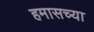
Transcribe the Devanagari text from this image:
हमासच्या